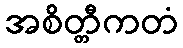
အစိတ္တီကတံ